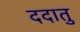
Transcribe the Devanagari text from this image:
ददातु